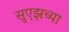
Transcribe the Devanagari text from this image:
सुएझच्या